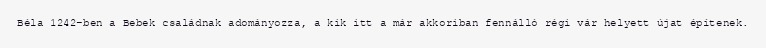
Béla 1242-ben a Bebek családnak adományozza, a kik itt a már akkoriban fennálló régi vár helyett újat építenek.